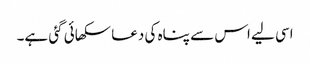
اسی لیے اس سے پناہ کی دعا سکھائی گئی ہے۔